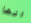
انها